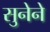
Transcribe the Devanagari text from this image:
सुनेने